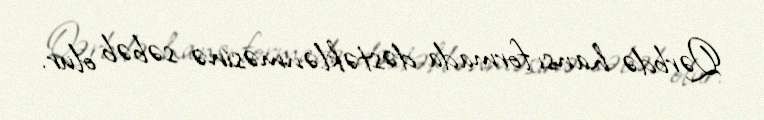
Qərbdə hansı formada dəstəklənməsinə səbəb olur.